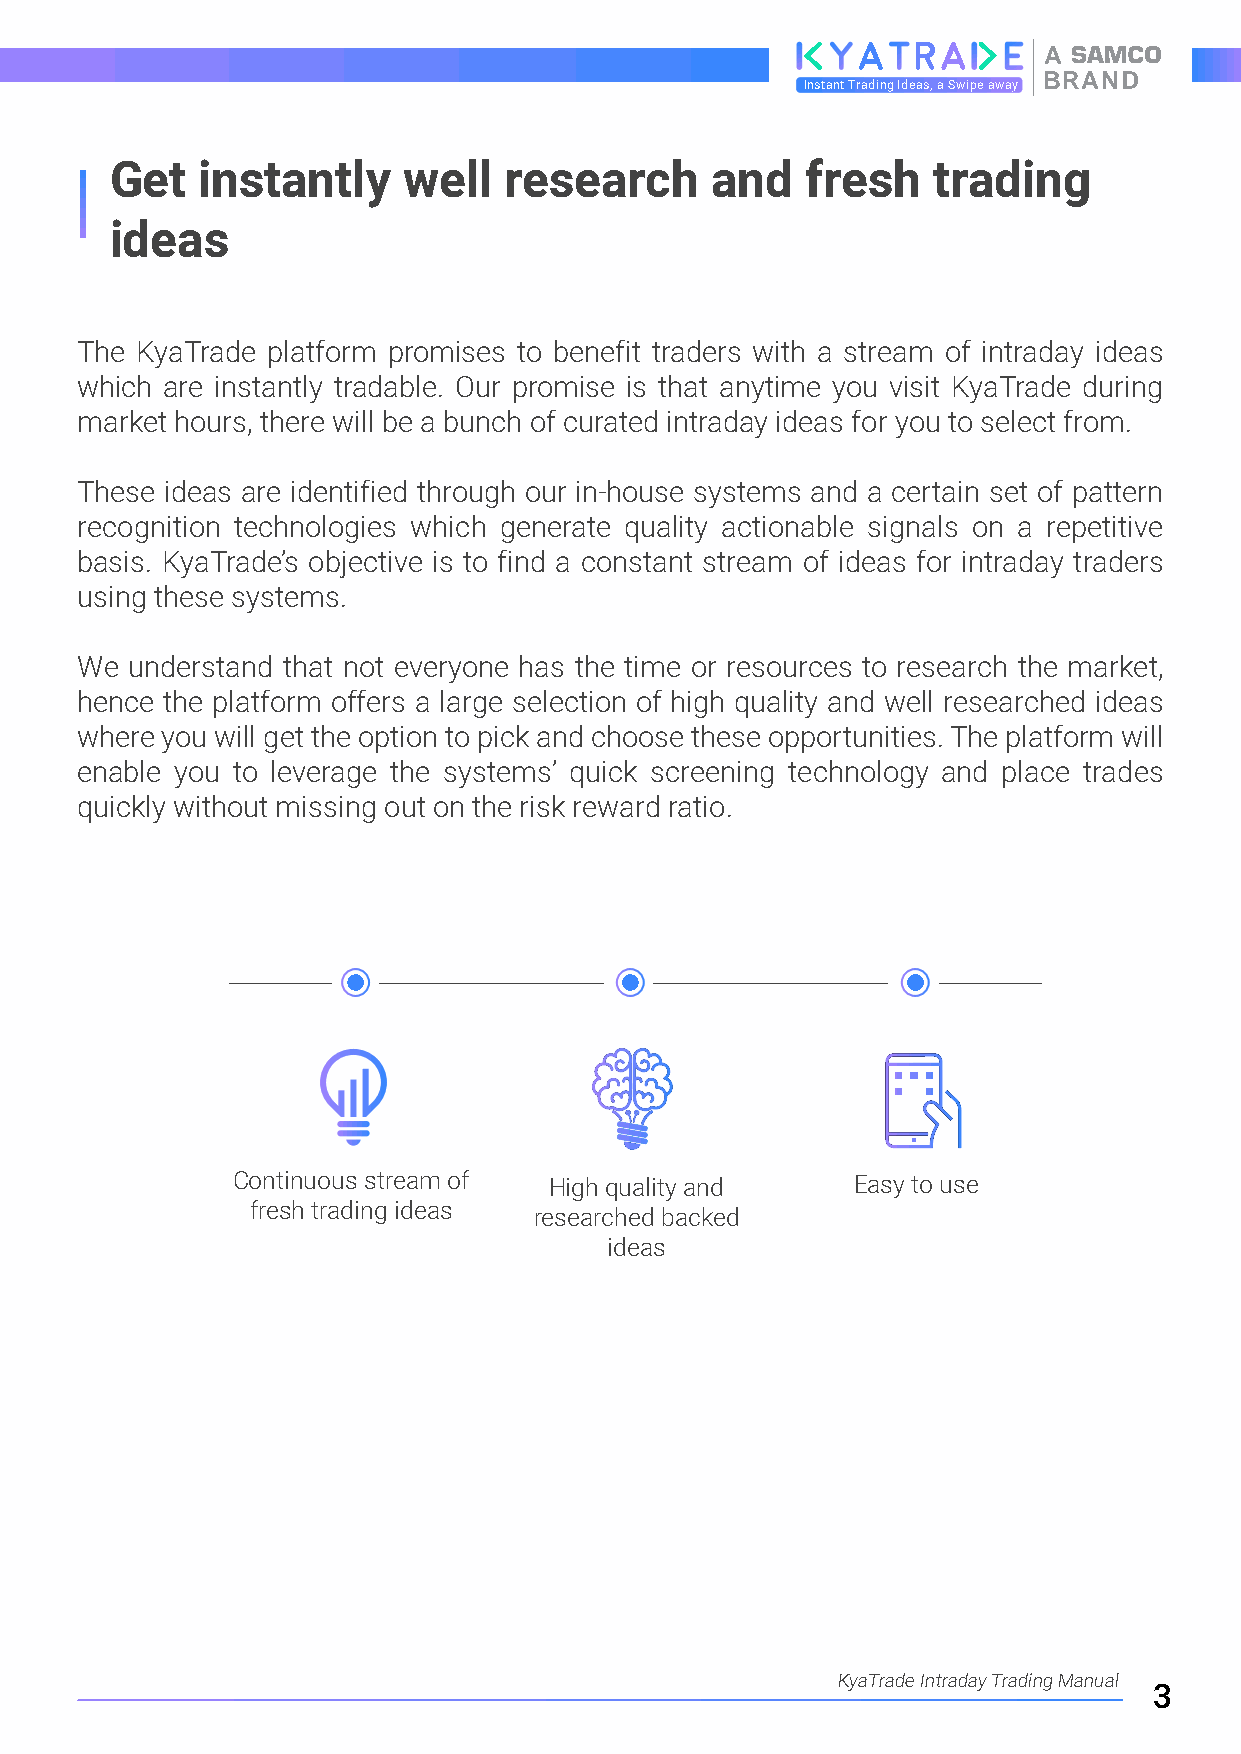
A
 BRAND
 Instant Trading Ideas, a Swipe away
 Get   instantly     well  research      and   fresh    trading
 ideas
 The KyaTrade platform promises to benefit traders with a stream of intraday ideas
 which are instantly tradable. Our promise is that anytime you visit KyaTrade during
 market hours, there will be a bunch of curated intraday ideas for you to select from.
 These ideas are identified through our in-house systems and a certain set of pattern
 recognition technologies which generate quality actionable signals on a repetitive
 basis. KyaTrade’s objective is to find a constant stream of ideas for intraday traders
 using these systems.
 We understand that not everyone has the time or resources to research the market,
 hence the platform offers a large selection of high quality and well researched ideas
 where you will get the option to pick and choose these opportunities. The platform will
 enable you to leverage the systems’ quick screening technology and place trades
 quickly without missing out on the risk reward ratio.
 Continuous stream of High quality and    Easy to use
 fresh trading ideas
 researched backed
 ideas
 KyaTrade Intraday Trading Manual
 3